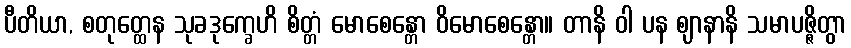
ပီတိယာ, စတုတ္ထေန သုခဒုက္ခေဟိ စိတ္တံ မောစေန္တော ဝိမောစေန္တော။ တာနိ ဝါ ပန ဈာနာနိ သမာပဇ္ဇိတွာ